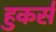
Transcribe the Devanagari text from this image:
हुकर्स